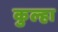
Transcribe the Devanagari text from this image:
कुल्हा